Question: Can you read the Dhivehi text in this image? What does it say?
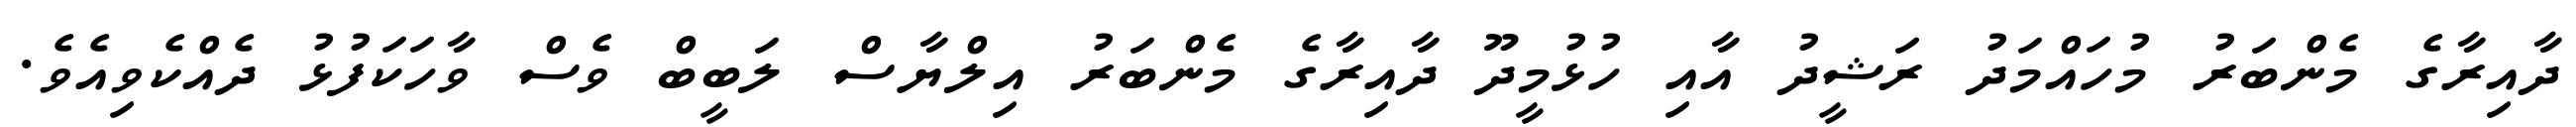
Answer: ދާއިރާގެ މެންބަރު މުހައްމަދު ރަޝީދު އާއި ހުޅުމީދޫ ދާއިރާގެ މެންބަރު އިލްޔާސް ލަބީބް ވެސް ވާހަކަފުޅު ދެއްކެވިއެވެ.